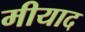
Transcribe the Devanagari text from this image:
मीयाद